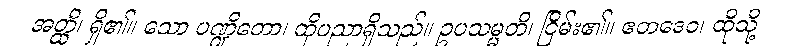
အတ္ထိ၊ ရှိ၏။ သော ပဏ္ဍိတော၊ ထိုပညာရှိသည်။ ဥပသမ္မတိ၊ ငြိမ်း၏။ ဧတဒေဝ၊ ထိုသို့